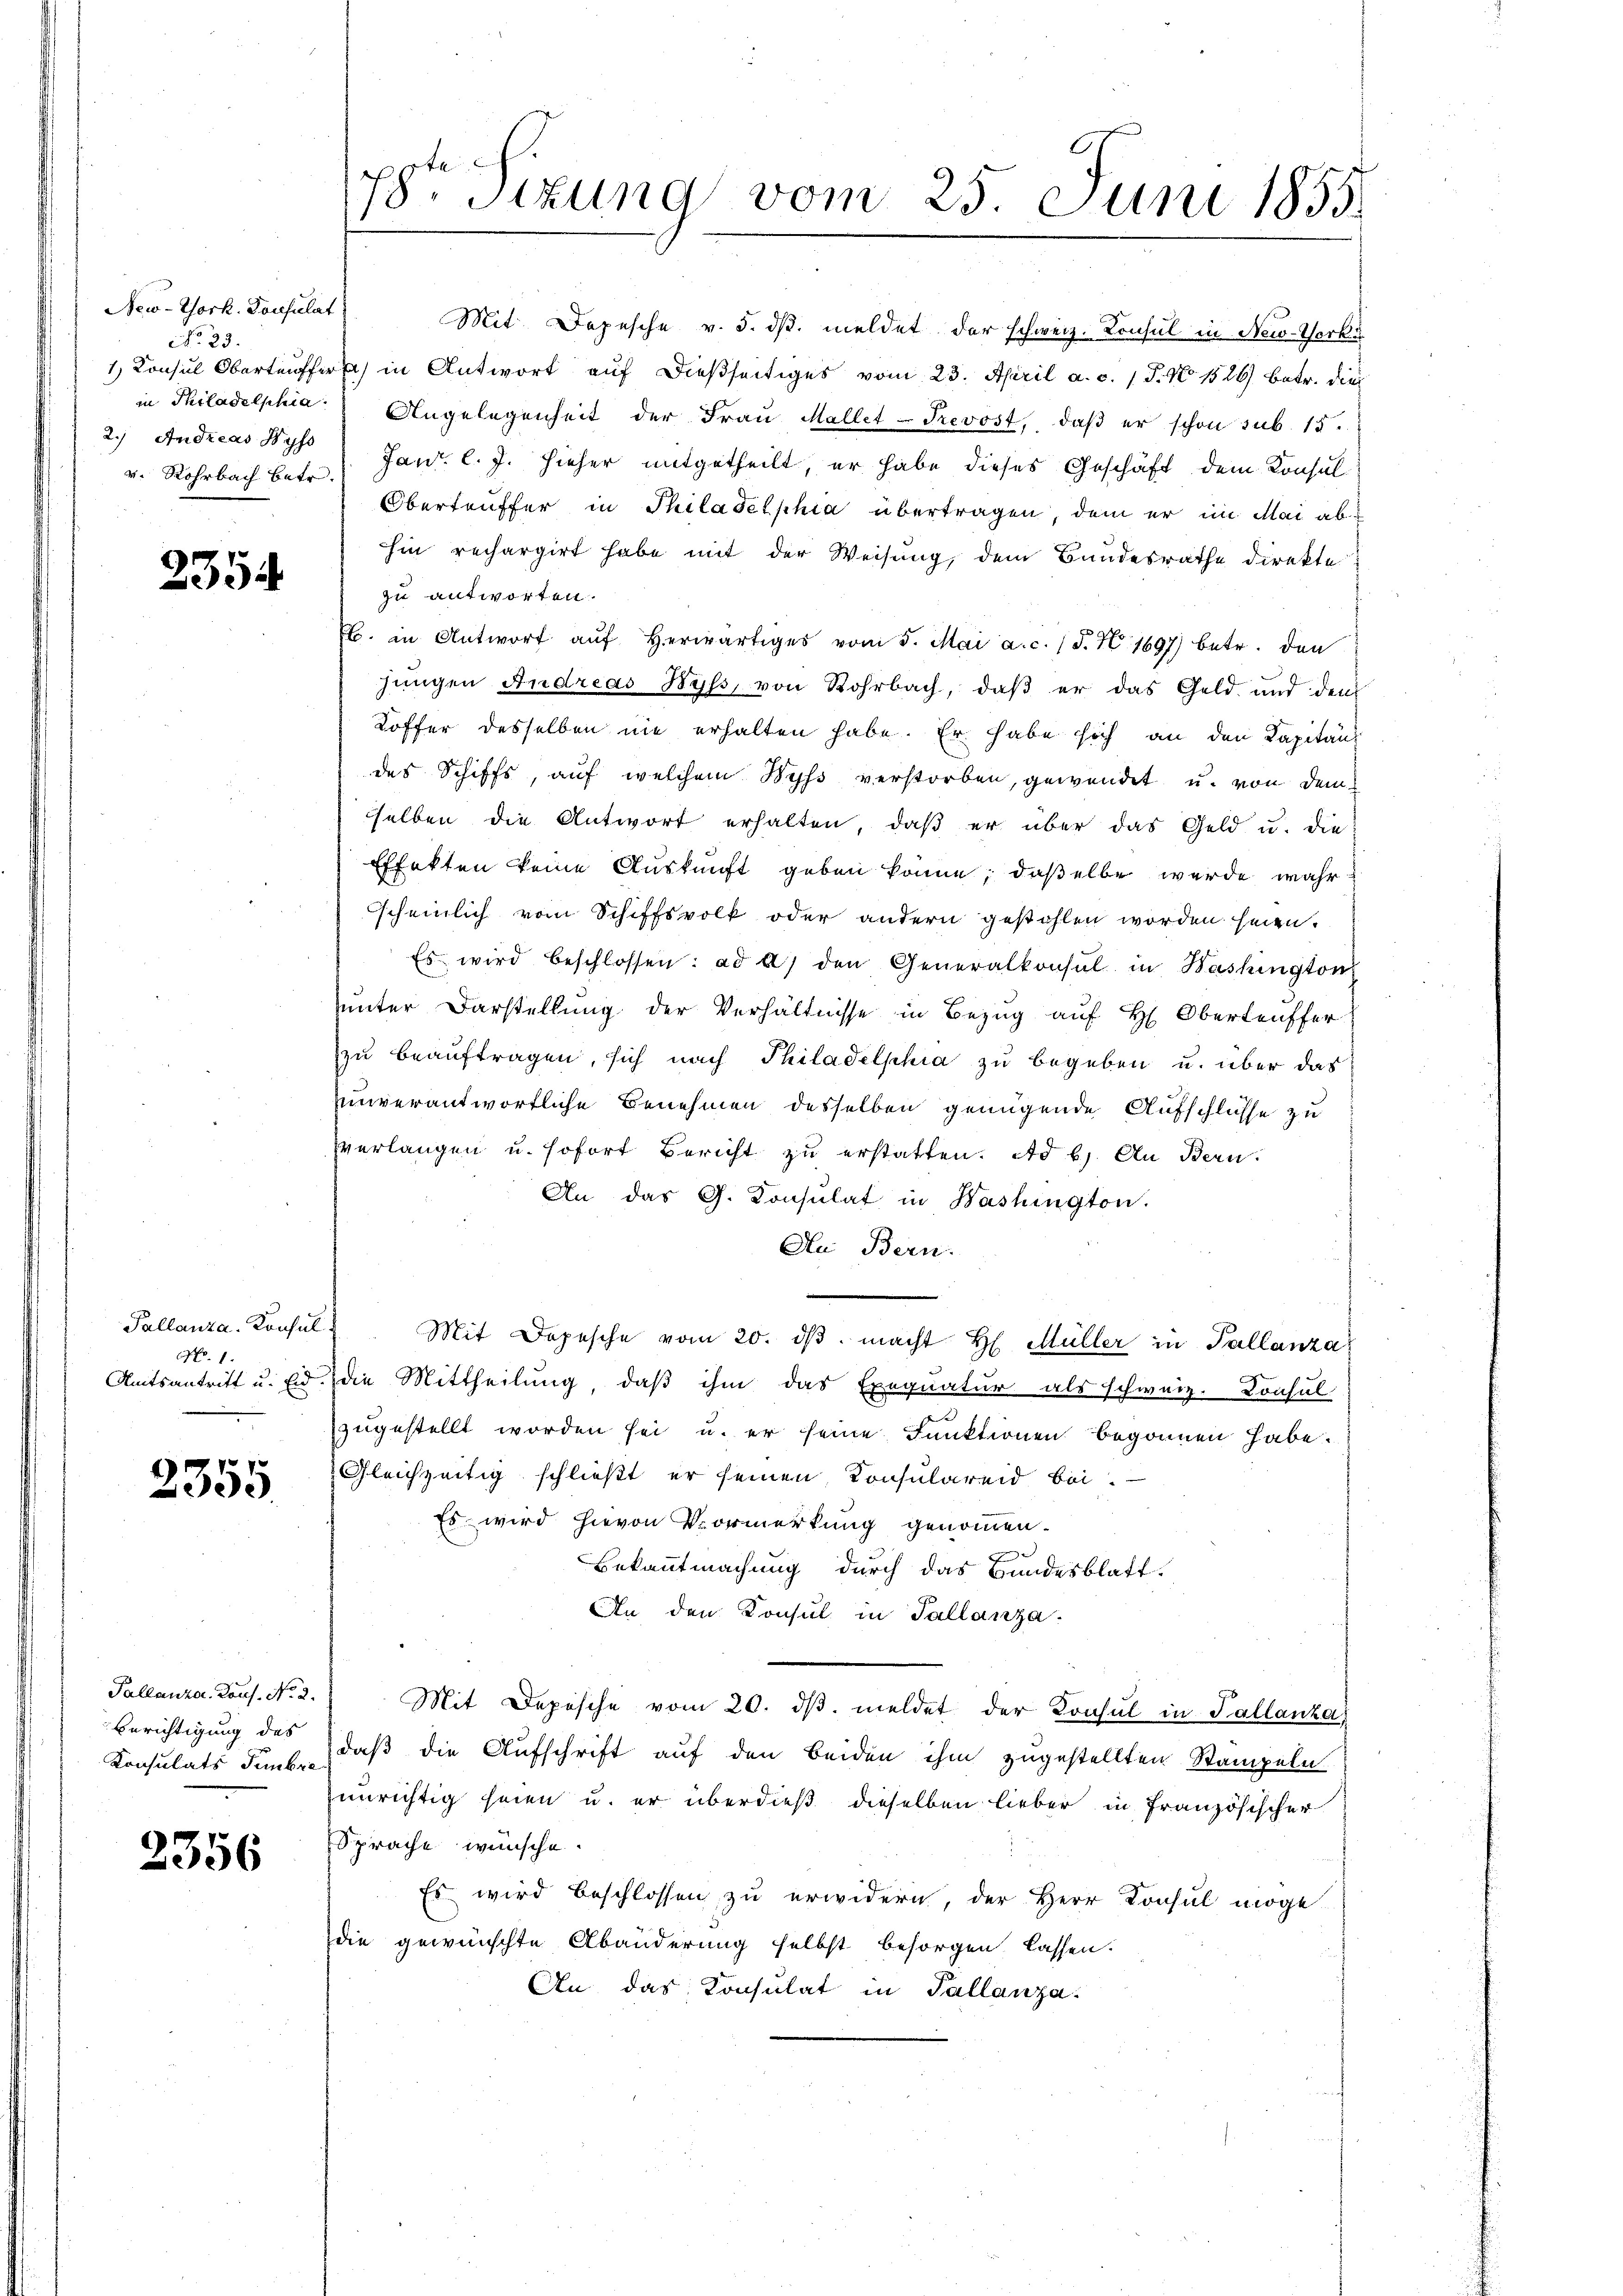
New-York. Konsulat
No. 23.
v. Rohrbach betr.

2354

Pallanza. Konsul
No. 1.

2355.

Pallanza. Laus. No. 2.
Berichtigung des
Konsulats Fembra

2356

Mit Depesche v. 5. ds. meldet der schweiz. Konsul in New-Werks
1) Konsul Oberteuffer in Antwort auf dießseitiges vom 23. April a. c. 1 P. No 1526) betr. dies
in Philadelphia Angelegenheit der Frau Mallet-Prevost, daß er schon sub. 15.
2.) Andreas Hys Janr. l. J. hieher mitgetheilt, er habe dieses Geschäft dem Konsul
Obertäuffer in Philadelphia übertragen, dem er im Mai abhin rechargirt habe mit der Weisung, dem Bundesrathe direkte
zu antworten.
b. in Antwort aŭf herwärtiges vom 5. Mai a.c. (T. N. 1697) betr. den
hungen Andreas Hyss, von Rohrbach, daß er das Geld und den
Koffer desselben nie erhalten habe. Er habe sich an den Kapitänz
des Schiffs, auf welchem Wyss verstorben, gewendet u. von dem
sselben die Antwort erhalten, daβ er über das Geld u. die
Effekten keine Auskunft geben könne; daßelbe wurde wahr
scheinlich vom Schiffsvolk oder andern gestohlen worden seien.
Es wird beschlossen: ad a) den Generalkonsul in Washington
unter Darstellung der Verhältnisse in Bezug auf H. Oberteuffer
zu beauftragen, sich nach Philadelphia zu begeben u. über das
unverantwortliche Benehmen desselben genügende Aufschlüsse zu
verlangen u. sofort Bericht zu erstatten. Ad b) An Bern.
An das G. Konsulat in Washington.
Ale Bern.
Mit Dopesche vom 20. dβ. macht H. Müller in Pallanza
Amtsantritt u. eid. Die Mittheilung, daß ihm das Exequatur als schweiz. Konsul
2
zugestellt worden sei u. er seine Funktionen begonnen habe.
Gleichzeitig schließt er seinen Konsulareid bei
Es wird hievon Vormerkung genommen.
Bekanntmachung durch das Bundesblatt.
An den Konsul in Tallanza.
Mit Depesche vom 20. dβ. meldet der Konsul in Tallanka,
daß die Aufschrift auf den beiden ihm zugestellten Stampeln
unrichtig seien u. er überdieß dieselben lieber in französischer
Sprache wünsche.
Es wird beschlossen zu erwidern, der Herr Konsul möge
die gewünschte Abänderung selbst besorgen lassen.
An das Konsulat in Tallanza.

78 Sizung vom 25. Juni 1855.